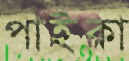
পাইকা